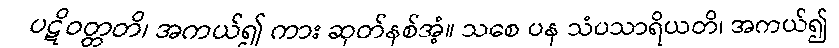
ပဋိဝတ္တတိ၊ အကယ်၍ ကား ဆုတ်နစ်အံ့။ သစေ ပန သံပသာရိယတိ၊ အကယ်၍